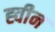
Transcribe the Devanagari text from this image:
ह्वीन